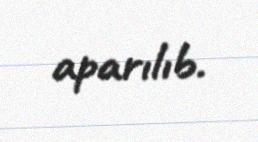
aparılıb.